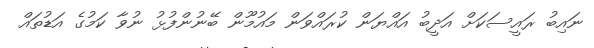
ނައިބު ރައީސަކަށް އަދީބު އައްޔަން ކުރައްވަން މައުމޫން ބޭނުންފުޅު ނުވާ ކަމުގެ އަޑުތައް